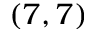
( 7 , 7 )